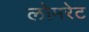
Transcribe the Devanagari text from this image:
लोमरेट